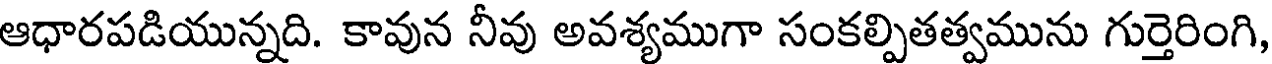
ఆధారపడియున్నది. కావున నీవు అవశ్యముగా సంకల్పితత్వమును గుర్తెరింగి,